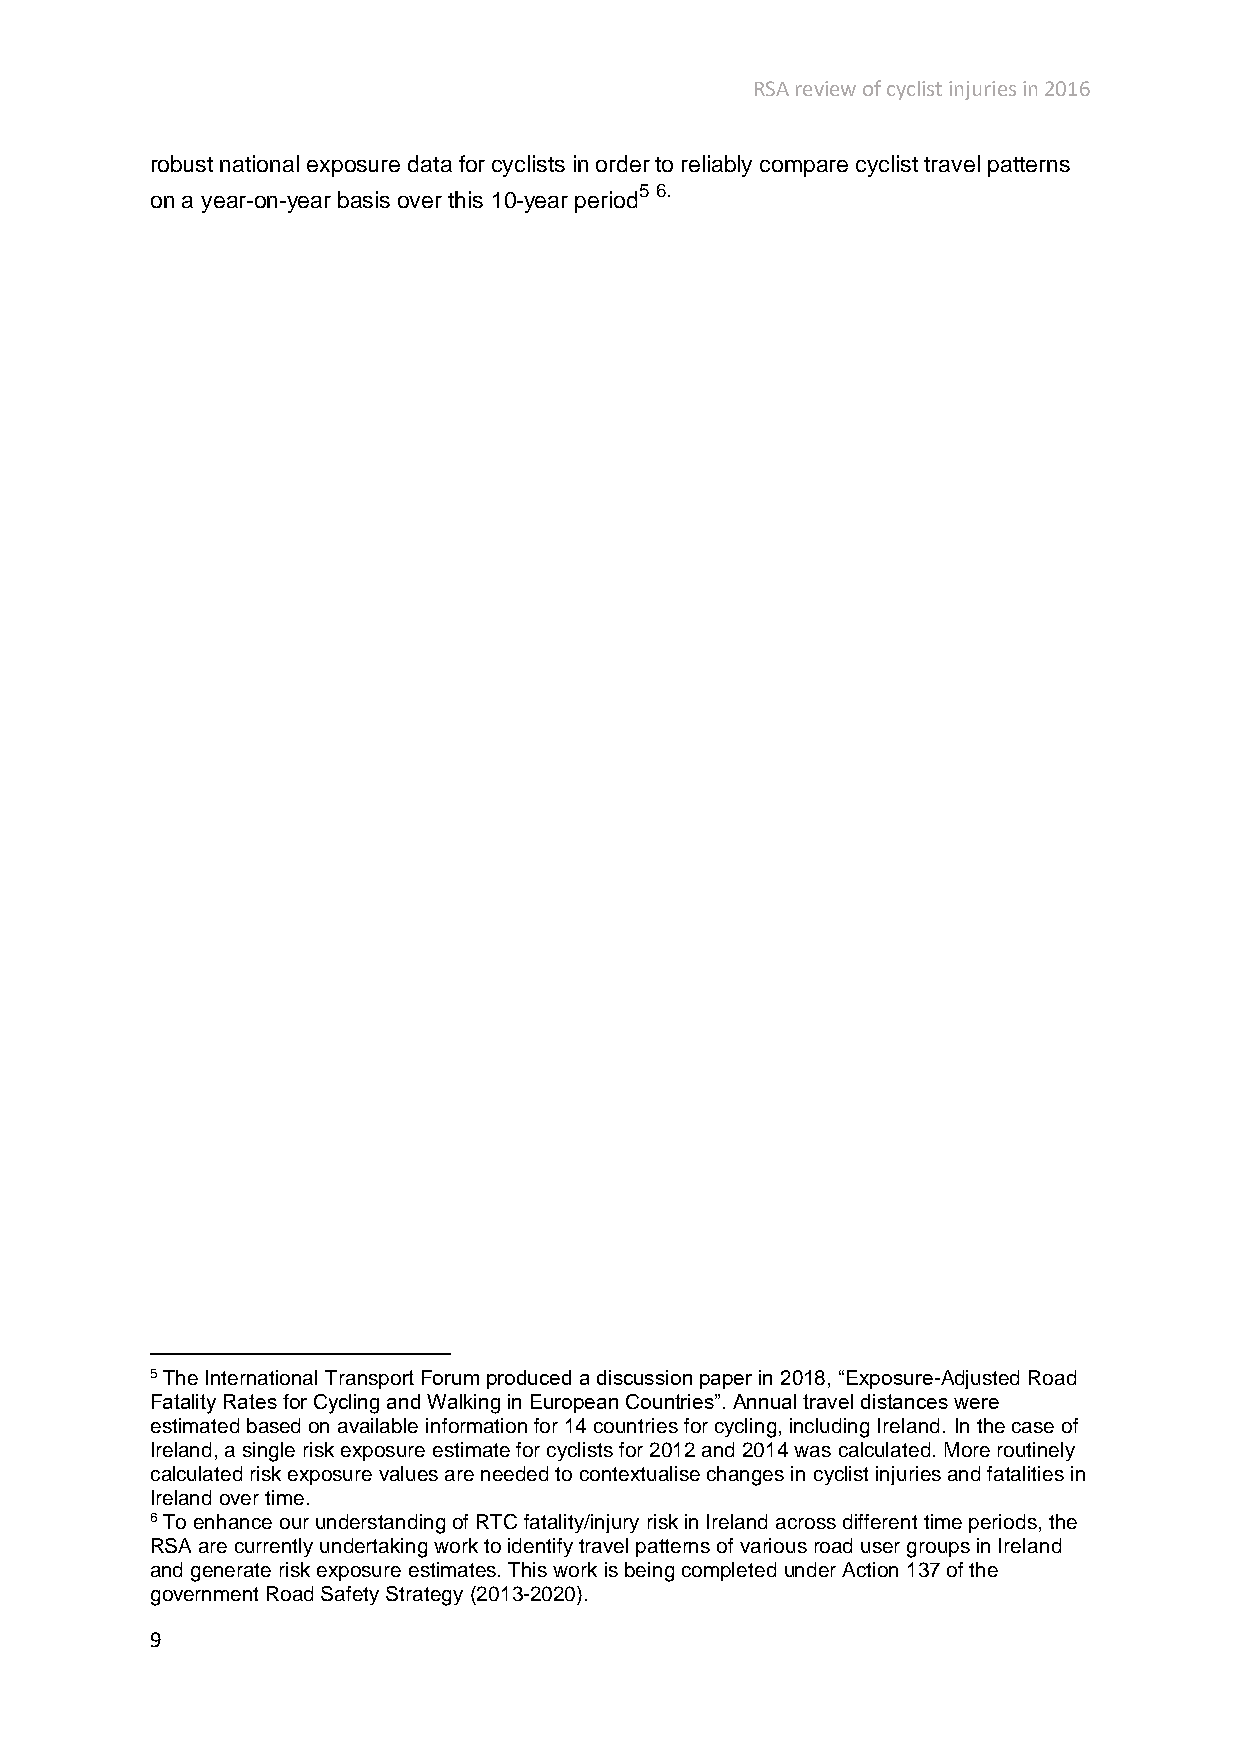
RSA review of cyclist injuries in 2016
 robust national exposure data for cyclists in order to reliably compare cyclist travel patterns
 5 6.
 on a year-on-year basis over this 10-year period
 5 The International Transport Forum produced a discussion paper in 2018, “Exposure-Adjusted Road
 Fatality Rates for Cycling and Walking in European Countries”. Annual travel distances were
 estimated based on available information for 14 countries for cycling, including Ireland. In the case of
 Ireland, a single risk exposure estimate for cyclists for 2012 and 2014 was calculated. More routinely
 calculated risk exposure values are needed to contextualise changes in cyclist injuries and fatalities in
 Ireland over time.
 6 To enhance our understanding of RTC fatality/injury risk in Ireland across different time periods, the
 RSA are currently undertaking work to identify travel patterns of various road user groups in Ireland
 and generate risk exposure estimates. This work is being completed under Action 137 of the
 government Road Safety Strategy (2013-2020).
 9